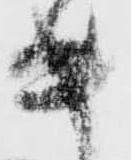
キ